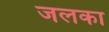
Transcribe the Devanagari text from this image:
जलका